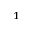
_ 1